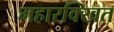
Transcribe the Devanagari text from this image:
महारक्खित